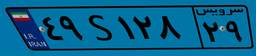
۴۹S۱۲۸۲۹